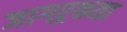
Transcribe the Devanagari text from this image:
जागऱ्रकता